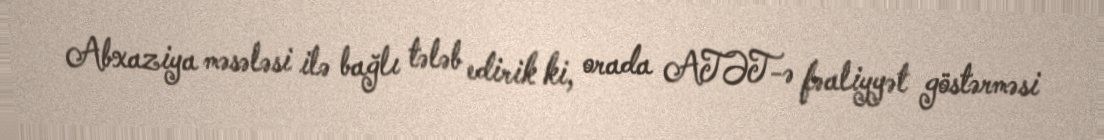
Abxaziya məsələsi ilə bağlı tələb edirik ki, orada ATƏT-ə fəaliyyət göstərməsi